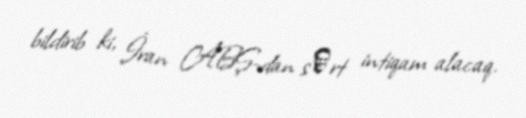
bildirib ki, İran ABŞ-dan sәrt intiqam alacaq.